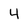
Character: 4